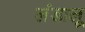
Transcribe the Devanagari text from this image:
लंडालू